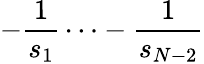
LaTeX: -\frac{1}{s_{1}}\dots-\frac{1}{s_{N-2}}